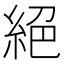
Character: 絕